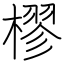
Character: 樛